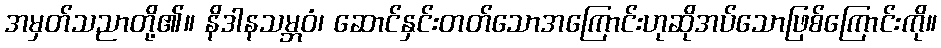
အမှတ်သညာတို့၏။ နိဒါနသမ္ဘဝံ၊ ဆောင်နှင်းတတ်သောအကြောင်းဟုဆိုအပ်သောဖြစ်ကြောင်းကို။